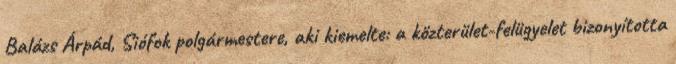
Balázs Árpád, Siófok polgármestere, aki kiemelte: a közterület-felügyelet bizonyította